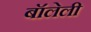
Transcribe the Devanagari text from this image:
बॉलेली